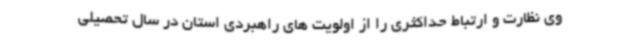
وی نظارت و ارتباط حداکثری را از اولویت های راهبردی استان در سال تحصیلی